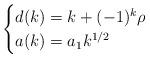
LaTeX: \begin{align*}\begin{cases}d(k)=k+(-1)^k\rho&\\a(k)=a_1k^{1/2}& \end{cases} \end{align*}